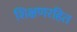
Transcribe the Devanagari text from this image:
शिक्षणरहित